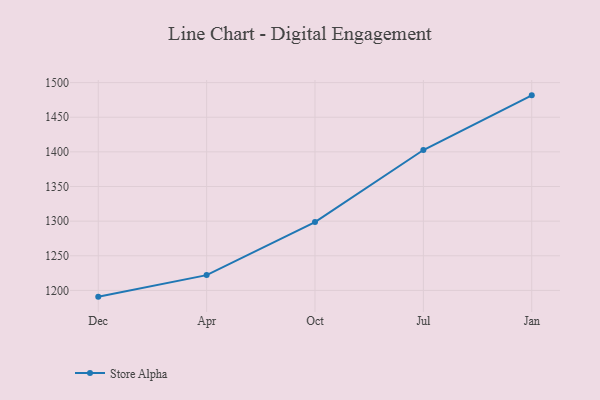
{"axis": {"x": "Month", "y": "Gross Profit (USD K)"}, "legend": ["Store Alpha"], "data": [{"x": "Dec", "y": 1191.0, "type": "Store Alpha"}, {"x": "Apr", "y": 1222.1, "type": "Store Alpha"}, {"x": "Oct", "y": 1298.6, "type": "Store Alpha"}, {"x": "Jul", "y": 1402.7, "type": "Store Alpha"}, {"x": "Jan", "y": 1481.6, "type": "Store Alpha"}]}